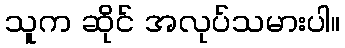
သူက ဆိုင် အလုပ်သမားပါ။